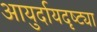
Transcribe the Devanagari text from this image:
आयुर्दायदृष्ट्या